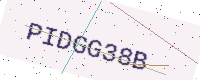
Text: PIDGG38B